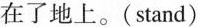
在了地上。( stand)